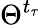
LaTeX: \Theta^{t_{\tau}}